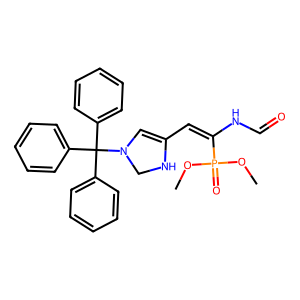
SMILES: COP(=O)(OC)C(=CC1=CN(C(c2ccccc2)(c2ccccc2)c2ccccc2)CN1)NC=O
Inhibits HIV replication: No